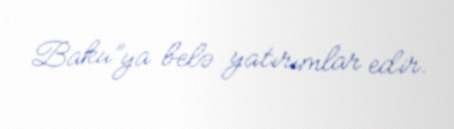
Baku”ya belə yatırımlar edir.